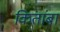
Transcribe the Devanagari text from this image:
कितांबा